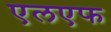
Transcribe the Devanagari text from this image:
एलएफ